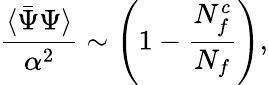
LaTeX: {\frac{\langle\bar{\Psi}\Psi\rangle}{\alpha^{2}}}\sim\left(1-{\frac{N_{f}^{c}}{N_{f}}}\right),